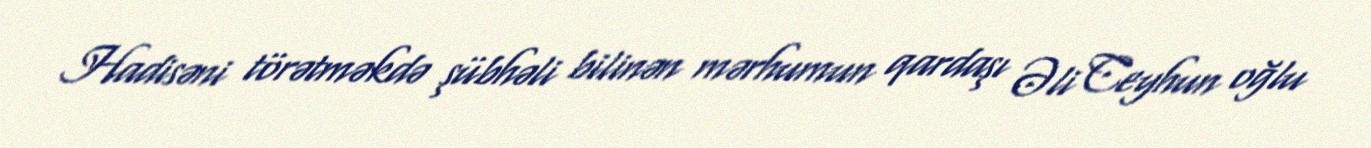
Hadisəni törətməkdə şübhəli bilinən mərhumun qardaşı Əli Ceyhun oğlu